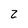
Character: 2